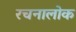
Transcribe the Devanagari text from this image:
रचनालोक